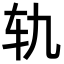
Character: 轨